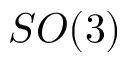
S O ( 3 )